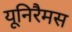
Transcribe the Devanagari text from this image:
यूनिरैमस